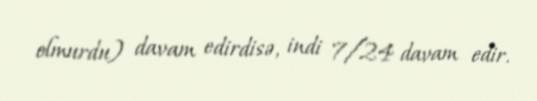
olmurdu) davam edirdisə, indi 7/24 davam edir.